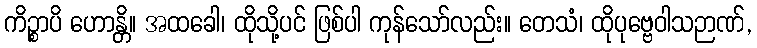
ကိဉ္စာပိ ဟောန္တိ။ အထခေါ၊ ထိုသို့ပင် ဖြစ်ပါ ကုန်သော်လည်း။ တေသံ၊ ထိုပုဗ္ဗေဝါသဉာဏ်,